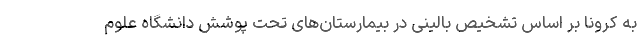
به کرونا بر اساس تشخیص بالینی در بیمارستان‌های تحت پوشش دانشگاه علوم